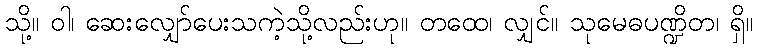
သို့။ ဝါ၊ ဆေးလျှော်ပေးသကဲ့သို့လည်းဟု။ တထေ၊ လျှင်။ သုမေဓပဏ္ဍိတ၊ ရှိ။